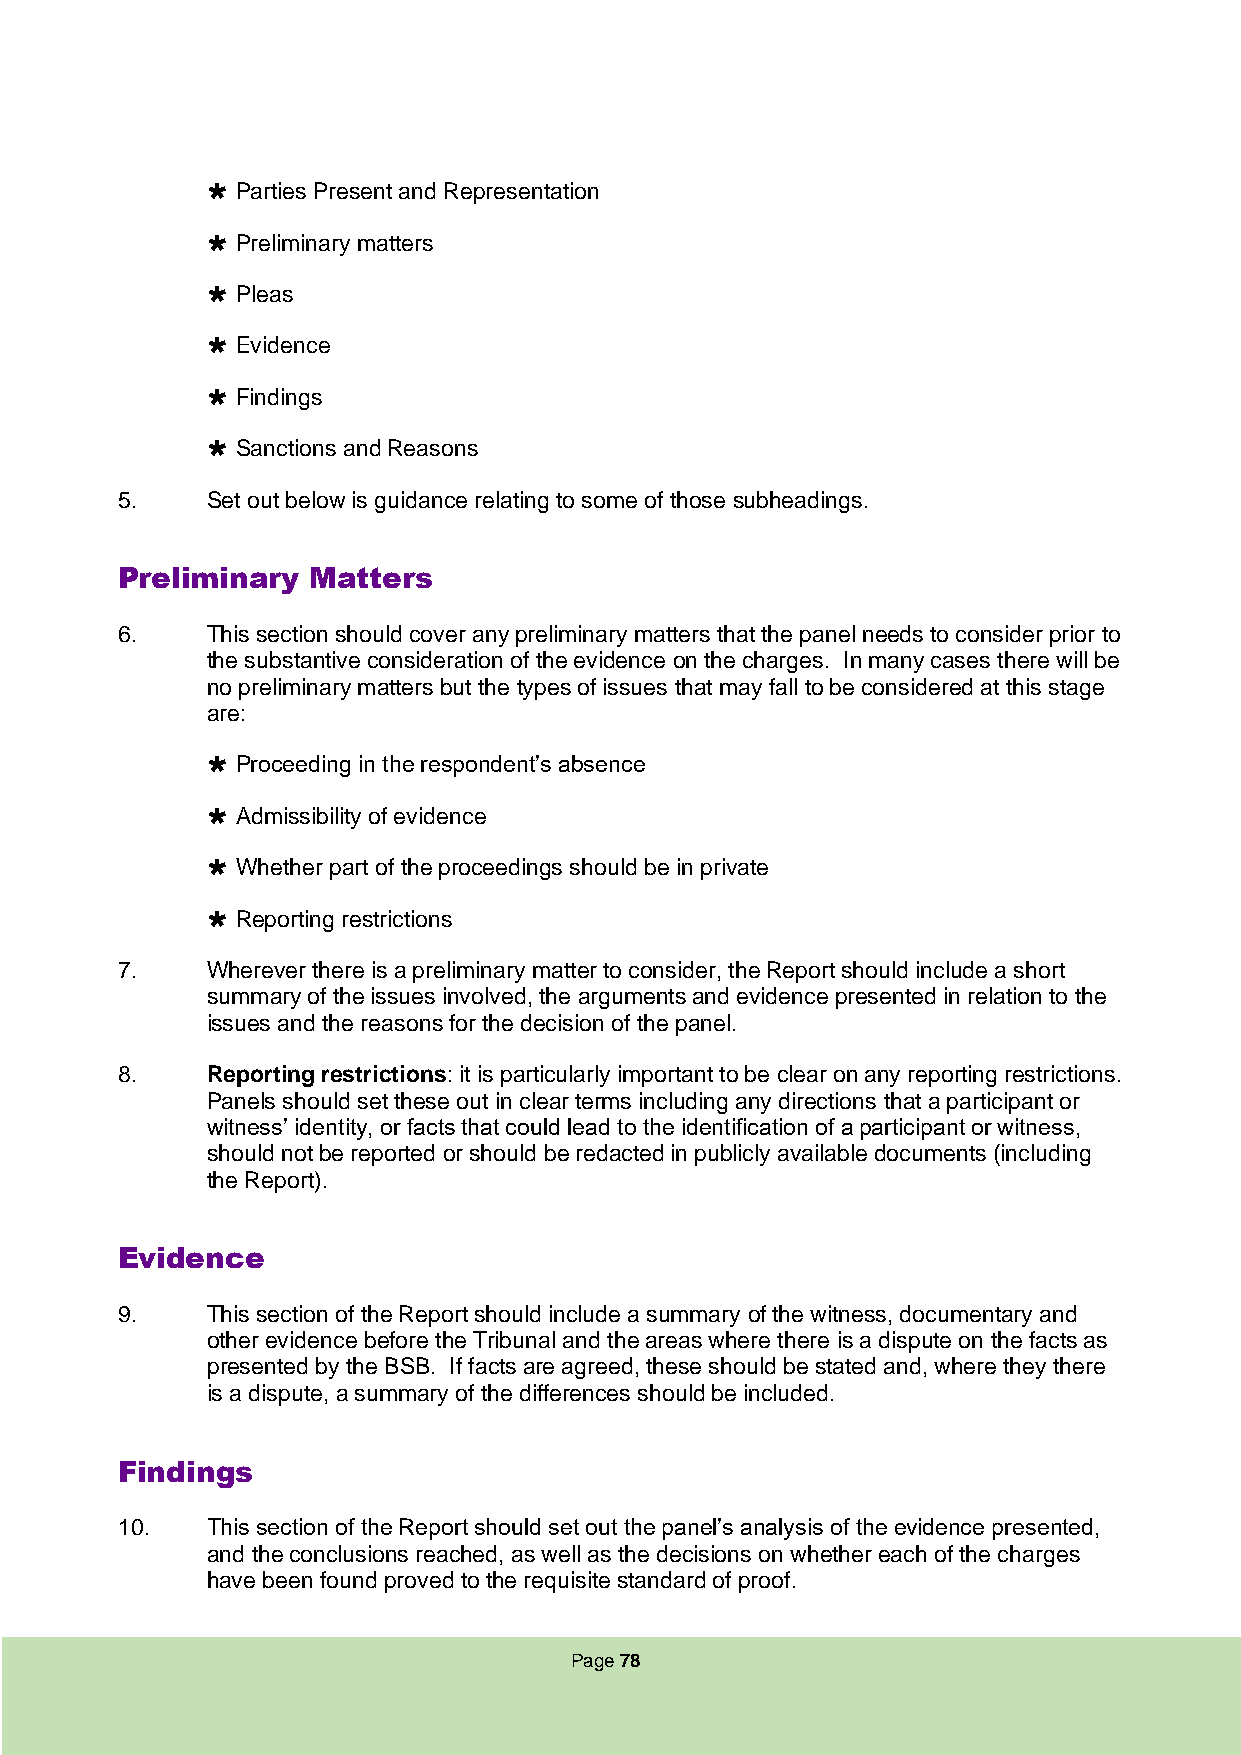
 Parties Present and Representation
  Preliminary matters
  Pleas
  Evidence
  Findings
  Sanctions and Reasons
 5.    Set out below is guidance relating to some of those subheadings.
 Preliminary Matters
 6.    This section should cover any preliminary matters that the panel needs to consider prior to
 the substantive consideration of the evidence on the charges. In many cases there will be
 no preliminary matters but the types of issues that may fall to be considered at this stage
 are:
  Proceeding in the respondent’s absence
  Admissibility of evidence
  Whether part of the proceedings should be in private
  Reporting restrictions
 7.    Wherever there is a preliminary matter to consider, the Report should include a short
 summary of the issues involved, the arguments and evidence presented in relation to the
 issues and the reasons for the decision of the panel.
 8.    Reporting restrictions: it is particularly important to be clear on any reporting restrictions.
 Panels should set these out in clear terms including any directions that a participant or
 witness’ identity, or facts that could lead to the identification of a participant or witness,
 should not be reported or should be redacted in publicly available documents (including
 the Report).
 Evidence
 9.    This section of the Report should include a summary of the witness, documentary and
 other evidence before the Tribunal and the areas where there is a dispute on the facts as
 presented by the BSB. If facts are agreed, these should be stated and, where they there
 is a dispute, a summary of the differences should be included.
 Findings
 10.   This section of the Report should set out the panel’s analysis of the evidence presented,
 and the conclusions reached, as well as the decisions on whether each of the charges
 have been found proved to the requisite standard of proof.
 Page 78